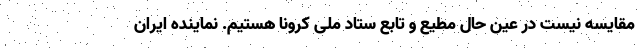
مقایسه نیست در عین حال مطیع و تابع ستاد ملی کرونا هستیم. نماینده ایران